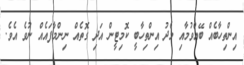
އިންތިހާބެއް ބޭއްވުމާއި މެދު އިންތިހާބީ ކޮމިޓީން އަދި ގޮތެއް ނިންމާފައެއް ނުވެ އެވެ.